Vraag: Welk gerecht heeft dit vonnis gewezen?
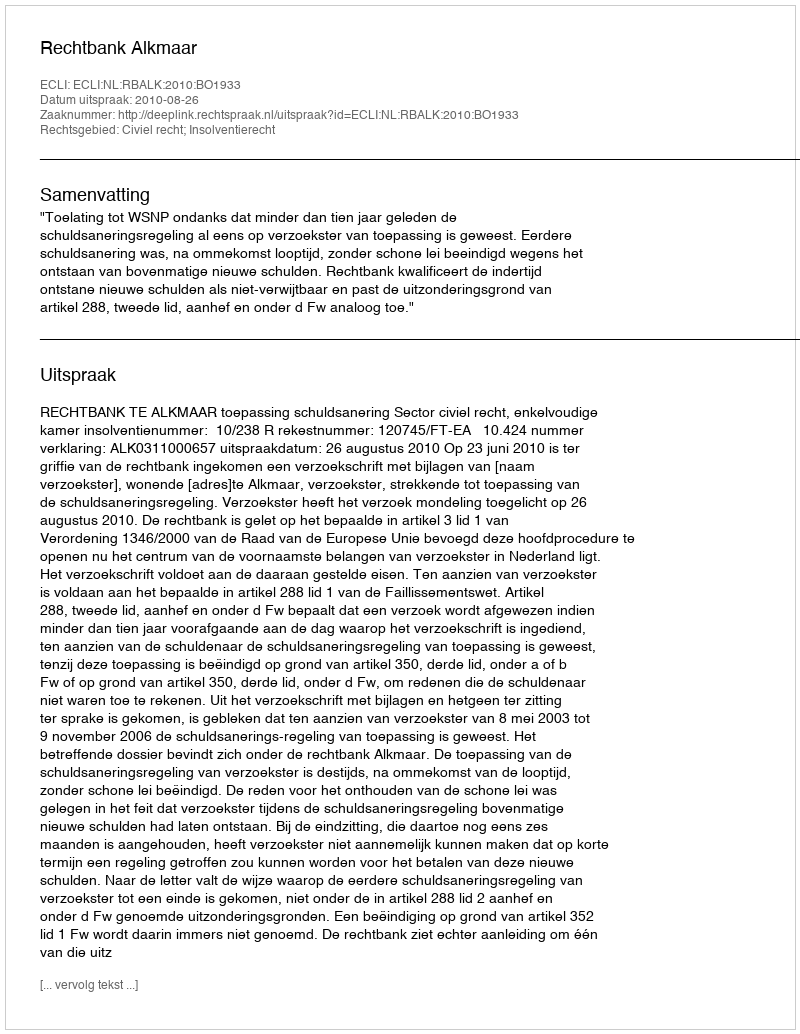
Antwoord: Rechtbank Alkmaar